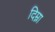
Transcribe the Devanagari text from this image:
दिम्ना